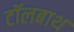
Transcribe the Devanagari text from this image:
टॉलबाथ